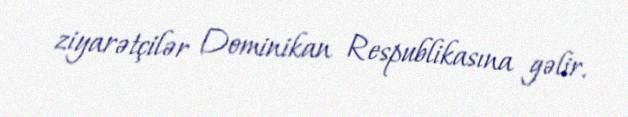
ziyarətçilər Dominikan Respublikasına gəlir.